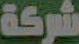
شركة